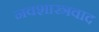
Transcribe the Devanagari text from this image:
नवशास्त्रवाद